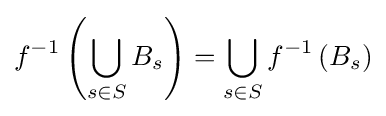
f^{-1}\left(\bigcup _{s\in S}B_{s}\right)=\bigcup _{s\in S}f^{-1}\left(B_{s}\right)